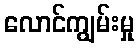
လောင်ကျွမ်းမှု